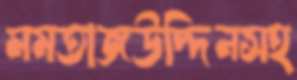
মমতাজউদ্দিনসহ